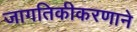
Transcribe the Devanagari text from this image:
जागतिकीकरणाने